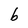
Character: b